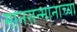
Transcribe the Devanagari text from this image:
मानसन्मानाच्या